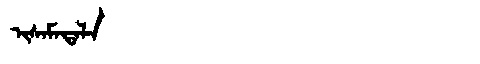
Manchu: ᡳᠰᠠᠮᠠᡨᠠᠯᠠ
Romanization: ISAMATALA